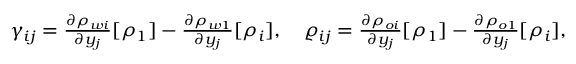
\begin{array} { r l } & { \gamma _ { i j } = \frac { \partial \rho _ { w i } } { \partial y _ { j } } [ \rho _ { 1 } ] - \frac { \partial \rho _ { w 1 } } { \partial y _ { j } } [ \rho _ { i } ] , \quad \varrho _ { i j } = \frac { \partial \rho _ { o i } } { \partial y _ { j } } [ \rho _ { 1 } ] - \frac { \partial \rho _ { o 1 } } { \partial y _ { j } } [ \rho _ { i } ] , } \end{array}